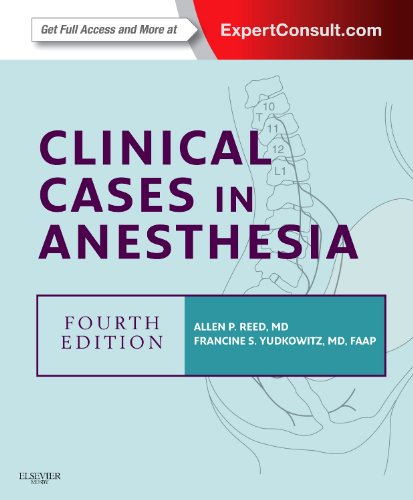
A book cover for Clinical Cases in Anesthesia: Expert Consult - Online and Print, 4e (Expert Consult Title: Online + Print); Allan P. Reed MD; Medical Books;